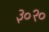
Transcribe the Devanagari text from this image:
३०२०